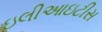
ઇલીઆઇટીસ